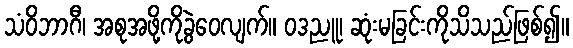
သံဝိဘာဂီ၊ အစုအဖို့ကိုခွဲဝေလျက်။ ဝဒညူ၊ ဆုံးမခြင်းကိုသိသည်ဖြစ်၍။